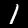
Label: 1